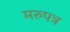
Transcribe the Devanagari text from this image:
मरुपत्र